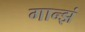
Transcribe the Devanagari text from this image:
गान्झं